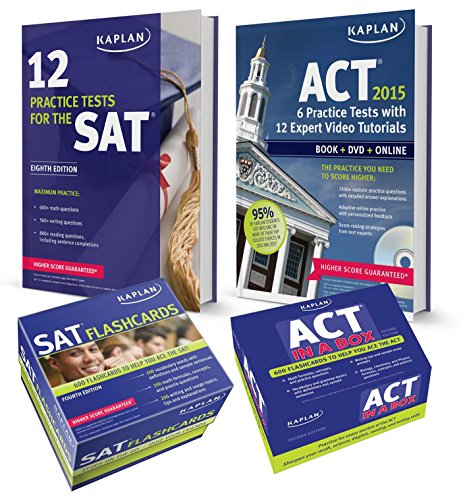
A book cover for College Prep Comprehensive for SAT and ACT: Book + Online + DVD + Mobile (Kaplan Test Prep); Kaplan; Test Preparation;